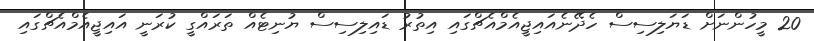
20 މީހުންނަށް ޑަޔަލިސިސް ހެދޭނެއައިޖީއެމްއެޗްގައި އިތުރު ޑައިލިސިސް ޔުނިޓެއް ތަރައްގީ ކުރަނީ އައިޖީއެމްއެޗްގައި